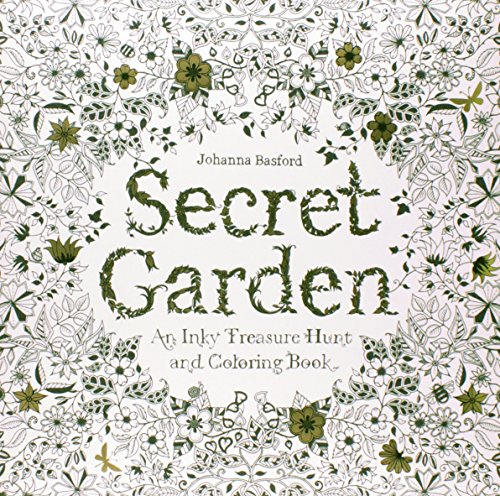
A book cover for Secret Garden: An Inky Treasure Hunt and Coloring Book; Johanna Basford; Humor & Entertainment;